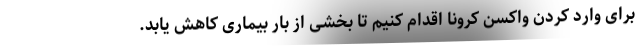
برای وارد کردن واکسن کرونا اقدام کنیم تا بخشی از بار بیماری کاهش یابد.